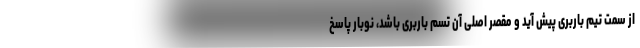
از سمت تیم باربری پیش آید و مقصر اصلی آن تسم باربری باشد، نوبار پاسخ